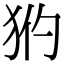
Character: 𤝧